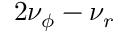
2 \nu _ { \phi } - \nu _ { r }